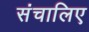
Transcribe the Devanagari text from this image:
संचालिए